Annual statistical returns and brief notes on vaccination in Bengal - 1909-1929
Year: 1909
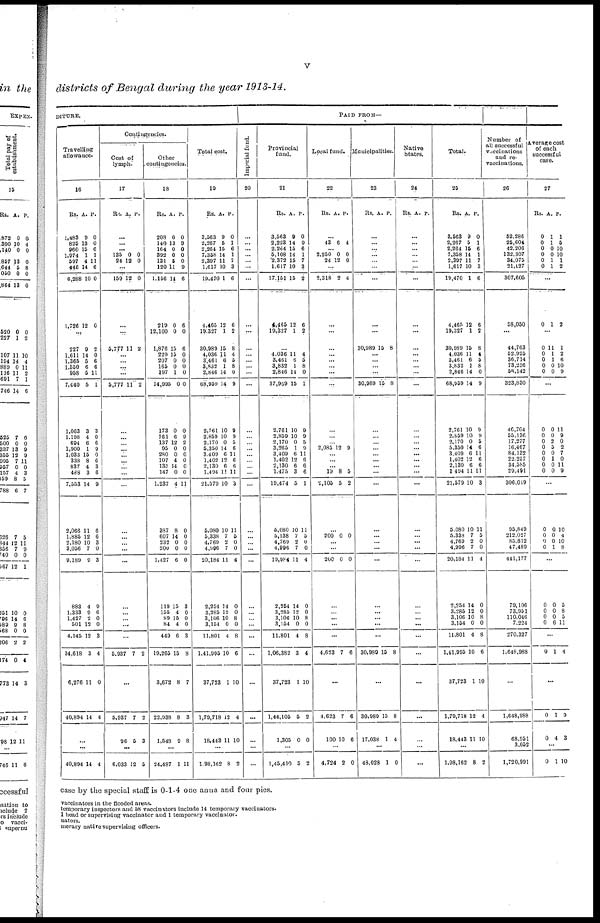
v
districts of Bengal during the year 1913-14.
DITURE.
Travelling
allowance.
16
Rs.
1,483
826
960
1,974
597
446
6,288
1,726
A.
9
13
15
1
4
14
10
12
P.
0
0
6
1
11
6
0
0
...
227
1,611
1,365
1,550
958
7,440
1,063
1,198
694
1,900
1,033
338
837
488
7,553
2,066
1,885
2,180
3,056
9,189
883
1,333
1,427
501
4,145
34,618
6,276
40,894
9
14
5
6
5
5
3
4
6
1
15
8
4
3
14
11
12
10
7
9
4
9
2
12
12
3
11
14
2
0
6
6
11
1
3
0
6
9
0
6
3
6
9
6
6
3
0
3
9
6
0
0
3
4
0
4
...
...
40,894 14 4
Contingencies.
Cost of
lymph.
17
Rs. A.
P.
...
...
...
135
24
0
12 0
0
...
159 12 0
...
...
5,777 11 2
...
... ...
...
5,777 11 2
...
...
...
...
... ...
... ...
...
...
...
...
...
...
...
...
...
...
...
5,937 7 2
...
5,937
96
7
5
2
3
...
6,033 12 5
Other
contingencies.
18
Rs.
208
140
164
392
131
120
1,156
219
12,100
1,876
229
207
165
197
14,995
173
161
137
95
280
107
135
147
1,237
387
607
232
200
1,427
119
155
89
84
449
19,265
3,672
22,938
1,548
A.
0
13
0
0
5
11
14
0
0
15
15
0
0
1
0
0
6
12
0
0
4
14
0
4
8
14
0
0
6
15
4
15
4
6
15
8
8
9
P.
0
9
0
0
0
9
6
6
0
6
0
0
0
0
0
0
9
2
0
0
0
0
0
11
0
0
0
0
0
3
0
0
0
3
8
7
3
8
...
24,487 1 11
Total cost.
19
Rs.
3,563
2,267
2,264
7,358
2,397
1,617
19,470
4,465
19,327
30,989
4,036
3,461
3,832
2,846
68,959
2,761
2,859
2,170
5,350
3,409
1,402
2,130
1,494
21,579
5,080
5,338
4,769
4,996
20,184
2,254
3,285
3,106
3,154
11,801
1,41,995
37,723
1,79,718
18,443
A.
9
5
15
14
11
10
1
12
1
15
11
6
1
14
14
10
10
0
14
6
12
6
11
10
10
7
2
7
11
14
12
10
0
4
10
1
12
11
P.
0
1
6
1
7
3
6
6
2
8
4
5
8
0
9
9
9
5
6
11
6
6
11
3
11
5
0
0
4
0
0
8
0
8
6
10
4
10
...
1,98,162 8 2
PAID FROM—
Imperial fund.
20
...
...
...
...
...
...
...
...
...
...
...
... ...
...
...
...
...
...
...
...
... ...
...
...
...
...
...
...
...
...
...
... ...
...
...
...
...
...
...
...
Provincial
fund.
21
Rs.
3,563
2,223
2,264
5,108
2,372
1,617
17,151
4,465
19,327
A.
9
14
15
14
15
10
15
12
1
P.
0
9
6
1
7
3
2
6
2
...
4,036
3,461
3,832
2,846
37,969
2,761
2,859
2,170
3,265
3,409
1,402
2,130
1,475
19,474
5,080
5,138
4,769
4,996
19,984
2,251
3,285
3,106
3,154
11,801
1,06,382
37,723
1,44,105
1,305
11
6
1
14
15
10
10
0
1
6
12
6
3
5
10
7
2
7
11
14
12
10
0
4
3
1
6
0
4
5 8
0
1
9
9
5
9
11
6
6
6
1
11
5
0
0
4
0
0
8
0
8
4
10
2
0
...
1,45,410 5 2
Local fund.
22
Rs. A. P.
...
43 6 4
... 2,250
24
0
12
0
0
...
2,318 2 4
...
...
...
...
... ...
...
...
...
...
... 2,085 12 9
... ...
... 19
2,105
8
5
5
2
...
200 0 0
...
...
200 0 0
...
...
...
...
...
4,623 7 6
...
4,623
100
7
10
6
6
...
4,724 2 0
Municipalities.
23
Rs. A. P.
...
... ...
...
...
...
...
...
...
30,989 15 8
...
... ...
...
30,989 15 8
...
...
...
...
... ...
... ...
...
...
...
... ...
...
...
...
...
...
...
30,989 15 8
...
30,989
17,038
15
1
8
4
...
48,028 1 0
Native
States.
24
Rs. A. p.
...
...
...
...
...
...
...
...
...
...
...
... ... ...
...
...
...
...
...
...
...
...
...
...
...
... ...
...
...
...
...
...
...
...
...
...
...
...
...
...
Total.
25
Rs.
3,563
2,267
2,264
7,358
2,397
1,617
19,470
4,465
19,327
30,989
4,036
3,461
3,832
2,846
68,959
2,761
2,859
2,170
5,350
3,409
1,402
2,130
1,494
21,579
5,080
5,338
4,769
4,996
20,184
2,254
3,285
3,106
3,154
11,801
1,41,995
37,723
1,79,718
18,443
A.
9
5
15
14
11
10
1
12
1
15
11
6
1
14
14
10
10
0
14
6
12
6
11
10
10
7
2
7
11
14
12
10
0
4
10
1
12
11
P.
0
1
6
1
7
3
6
6
2
8
4
5
8
0
9
9
9
5
6
11
6
6
11
3
11
5
0
0
4
0
0
8
0
8
6
10
4
10
...
1,98,162 8 2
Number of
all successful
vaccinations
and re-
vaccinations.
26
52,286
25,604
42,206
132,307
34,075
21,127
307,605
58,050
...
44,763
52,925
36,714
73,236
58,142
323,830
46,704
55,136
17,277
16,467
84,132
22,257
34,585
29,491
306,049
95,849
212,027
85,812
47,489
441,177
79,106
73,951
110,046
7,224
270,327
1,648,988
...
1,648,988
68,951
3,052
1,720,991
Average cost
of each
successful
case.
27
Rs.
0
0
0
0
0
0
A.
1
1
0
0
1
1
P.
1
5
10
10
1
2
...
0 1 2
...
0
0
0
0
0
11
1
1
0
0
1
2
6
10
9
...
0
0
0
0
0
0
0
0
0
0
2
5
0
1
0
0
11
9
0
2
7
0
11
9
...
0
0
0
0
0
0
0
1
10
4
10
8
...
0
0
0
0
0
0
0
6
5
8
5
11
...
0 1 4
...
0
0
1
4
9
3
...
0 1 10
case by the special staff is 0-1-4 one anna and four pies.
vaccinators in the flooded areas.
temporary inspectors and 58 vaccinators include 14 temporary vaccinators.
1 head or supervising vaccinator and 1 temporary vaccinator.
nators.
merary native supervising officers.